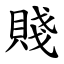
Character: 賤